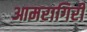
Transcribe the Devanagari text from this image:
आमरागिरी